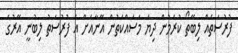
ފުރުސަތެއް ލިބޭތޯ ކުރަމުން ދިޔަ މަސައްކަތުން އޭނާއަށް އެ ފުރުސަތު ލިބުނީ އޭރުގެ